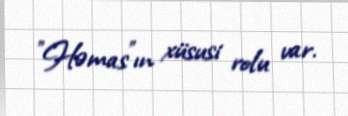
”Həmas"ın xüsusi rolu var.